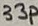
Text: 33p